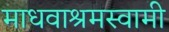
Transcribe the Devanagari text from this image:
माधवाश्रमस्वामी